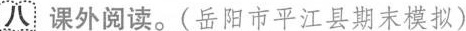
八课外阅读。(岳阳市平江县期末模拟)